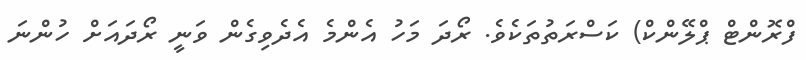
ފްރޮންޓް ޕްލޭންކް) ކަސްރަތުތަކެވެ. ރޯދަ މަހު އެންމެ އެދެވިގެން ވަނީ ރޯދައަށް ހުންނަ